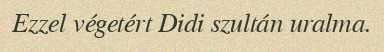
Ezzel végetért Didi szultán uralma.